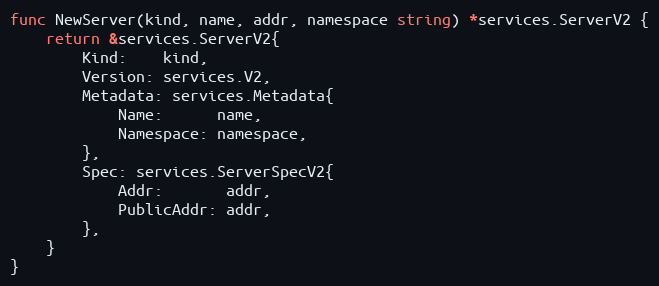
Language: Go
func NewServer(kind, name, addr, namespace string) *services.ServerV2 {
	return &services.ServerV2{
		Kind:    kind,
		Version: services.V2,
		Metadata: services.Metadata{
			Name:      name,
			Namespace: namespace,
		},
		Spec: services.ServerSpecV2{
			Addr:       addr,
			PublicAddr: addr,
		},
	}
}